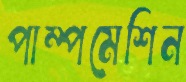
পাম্পমেশিন